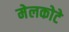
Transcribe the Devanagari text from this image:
मेलकोटे